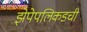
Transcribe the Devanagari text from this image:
झेपेपलिकडची